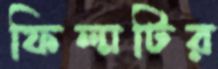
ফিল্মটির